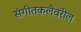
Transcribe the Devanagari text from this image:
संगीतकलेवरील